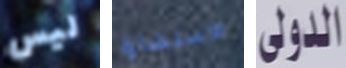
ليس الاستشارة الدولي